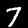
Digit: 7